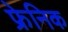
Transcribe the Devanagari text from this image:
फ्रेनिक